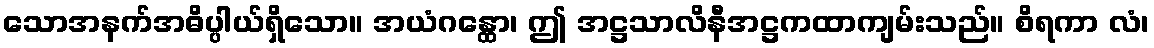
သောအနက်အဓိပ္ပါယ်ရှိသော။ အယံဂန္ထော၊ ဤ အဋ္ဌသာလိနီအဋ္ဌကထာကျမ်းသည်။ စိရကာ လံ၊